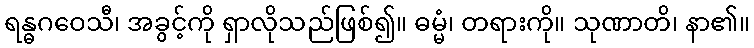
ရန္ဓဂဝေသီ၊ အခွင့်ကို ရှာလိုသည်ဖြစ်၍။ ဓမ္မံ၊ တရားကို။ သုဏာတိ၊ နာ၏။